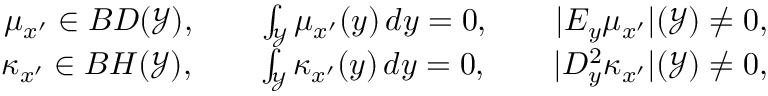
\begin{array} { r } { \mu _ { x ^ { \prime } } \in B D ( \mathcal { Y } ) , \qquad \int _ { \mathcal { Y } } \mu _ { x ^ { \prime } } ( y ) \, d y = 0 , \qquad | E _ { y } \mu _ { x ^ { \prime } } | ( \mathcal { Y } ) \neq 0 , } \\ { \kappa _ { x ^ { \prime } } \in B H ( \mathcal { Y } ) , \qquad \int _ { \mathcal { Y } } \kappa _ { x ^ { \prime } } ( y ) \, d y = 0 , \qquad | D _ { y } ^ { 2 } \kappa _ { x ^ { \prime } } | ( \mathcal { Y } ) \neq 0 , } \end{array}